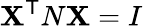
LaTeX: \mathbf{X}^{\textsf{{T}}}N\mathbf{X}=I